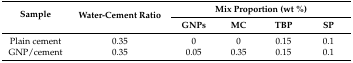
| <ROWSPAN=2> Sample | <ROWSPAN=2> Water-Cement Ratio | <COLSPAN=4> Mix Proportion (wt %) |
 | GNPs | MC | TBP | SP |
 | --- | --- | --- | --- | --- | --- |
 | Plain cement | 0.35 | 0 | 0 | 0.15 | 0.1 |
 | GNP/cement | 0.35 | 0.05 | 0.35 | 0.15 | 0.1 |